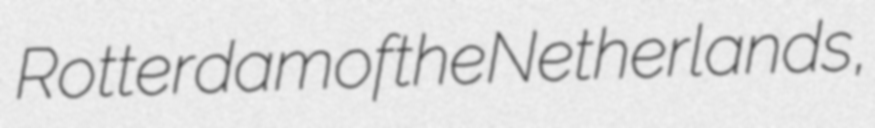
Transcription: Rotterdam of the Netherlands,